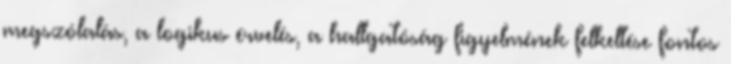
megszólalás, a logikus érvelés, a hallgatóság figyelmének felkeltése fontos